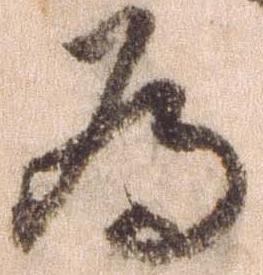
為